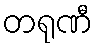
တရုဏီ